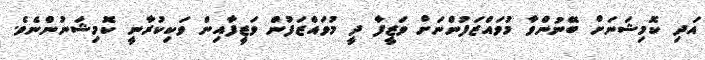
އަދި ކޮމިޝަނަށް ބޭނުންވާ މުވައްޒަފުންނަށް ވަޒީފާ ދީ މުވައްޒަފުން ވަޒީފާއިން ވަކިކުރާނީ ކޮމިޝަނުންނެވެ.